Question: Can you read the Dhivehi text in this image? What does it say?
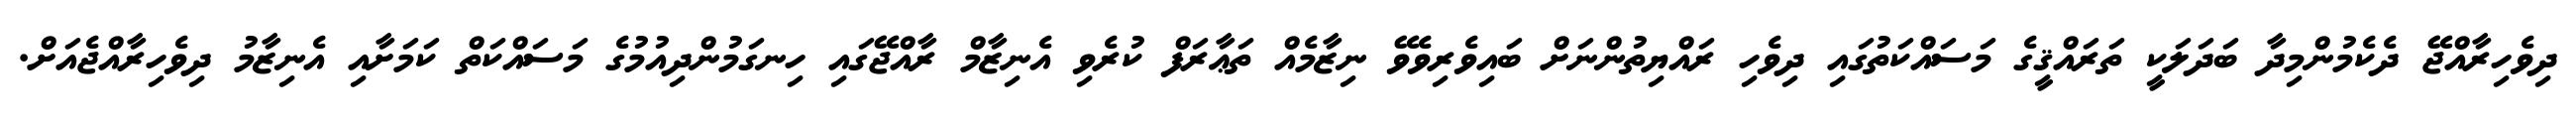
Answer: ދިވެހިރާއްޖޭ ދެކެމުންމިދާ ބަދަލަކީ ތަރައްޤީގެ މަސައްކަތުގައި ދިވެހި ރައްޔިތުންނަށް ބައިވެރިވެވޭ ނިޒާމެއް ތަޢާރަފް ކުރެވި އެނިޒާމް ރާއްޖޭގައި ހިނގަމުންދިއުމުގެ މަސައްކަތް ކަމަށާއި އެނިޒާމު ދިވެހިރާއްޖެއަށް.